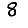
Digit: 8